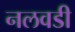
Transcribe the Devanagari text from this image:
नलवडी